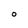
Character: 0